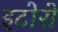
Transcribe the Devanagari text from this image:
इटोरो